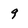
Character: 9